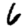
Digit: 6